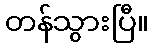
တန်သွားပြီ။